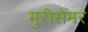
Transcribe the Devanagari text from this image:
मुरीसेमर